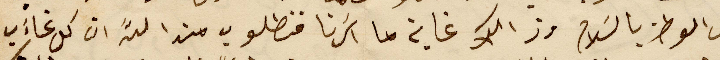
الى الوطن بالسَلام وذالك غاية ما اسَرنا فنطلوب من الله ان كل غاءَب